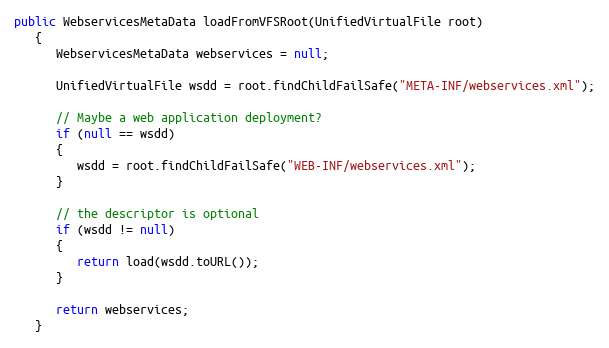
Language: Java
public WebservicesMetaData loadFromVFSRoot(UnifiedVirtualFile root)
   {
      WebservicesMetaData webservices = null;

      UnifiedVirtualFile wsdd = root.findChildFailSafe("META-INF/webservices.xml");

      // Maybe a web application deployment?
      if (null == wsdd)
      {
         wsdd = root.findChildFailSafe("WEB-INF/webservices.xml");
      }

      // the descriptor is optional
      if (wsdd != null)
      {
         return load(wsdd.toURL());
      }

      return webservices;
   }